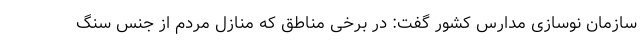
سازمان نوسازی مدارس کشور گفت: در برخی مناطق که منازل مردم از جنس سنگ